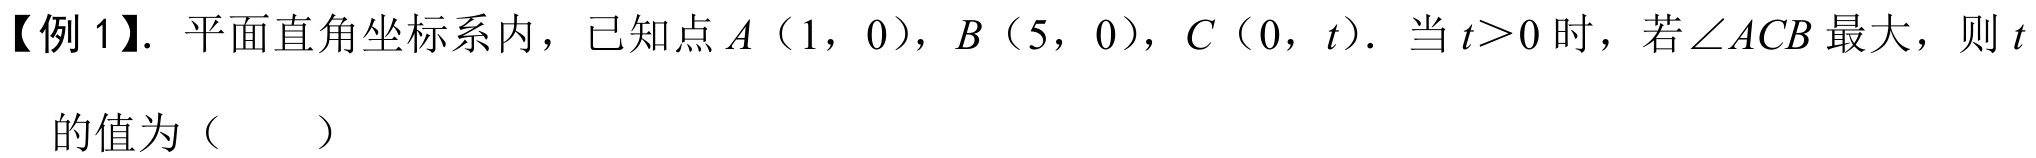
【例 1】. 平面直角坐标系内，已知点$A（1，0）$，$B（5，0）$，$C（0，t）$. 当$t > 0$时，若$\angle ACB$最大，则$t$的值为（  ）